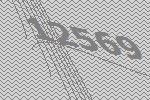
12569